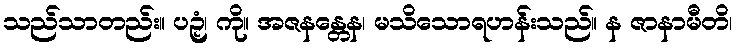
သည်သာတည်း။ ပဉှံ၊ ကို။ အဇနန္တေန၊ မသိသောရဟန်းသည်။ န ဇာနာမီတိ၊